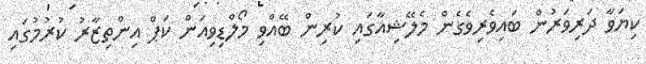
ކިޔަވާ ދަރިވަރުން ބައިވެރިވެގެން މެލޭޝިއާގައި ކުރިން ބޭއްވި މޯލްޑިވިއަން ކަޕް އިންތިޒާރު ކުރުމުގައި